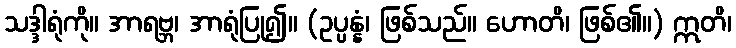
သဒ္ဒါရုံကို။ အာရဗ္ဘ၊ အာရုံပြု၍။ (ဥပ္ပန္နံ၊ ဖြစ်သည်။ ဟောတိ၊ ဖြစ်၏။) ဣတိ၊